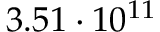
3 . 5 1 \cdot 1 0 ^ { 1 1 }